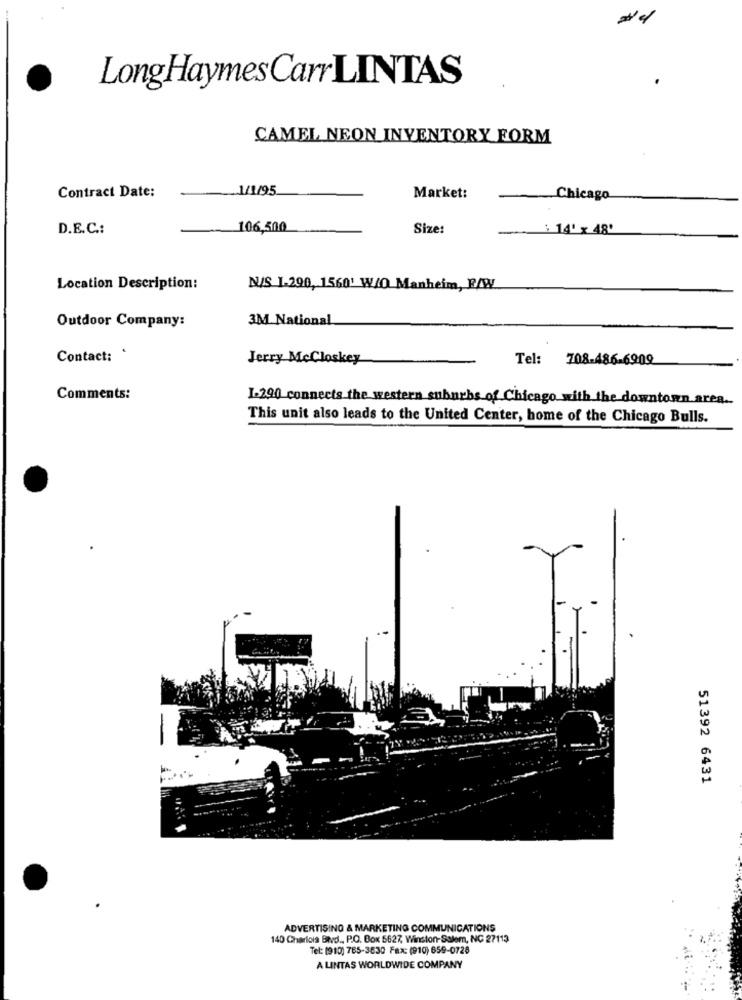
LongHaymes Carr LINTAS
CAMEL NEON INVENTORY FORM
1/1/95
Contract Date:
Market:
Chicago
D.E.C .:
106,500
Size:
- : 14' x 48'
Location Description:
N/S 1-290, 1560' W/O Manheim, R/W
Outdoor Company:
3M National
Contact: '
Jerry McCloskey
Tel: 708-486-6909
Comments:
1-290 connects the western suburbs of Chicago with the downtown.area ..
This unit also leads to the United Center, home of the Chicago Bulls.
51392 6431
ADVERTISING & MARKETING COMMUNICATIONS
140 Charlois Blvd ., P.O. Box 5627, Winston-Salem, NC 27113
Tel: (910) 765-3630 Fax: (910) 659-0728
A LINTAS WORLDWIDE COMPANY